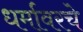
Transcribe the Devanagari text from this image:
धर्मावरचे